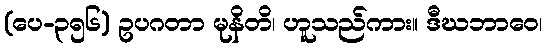
(ပေ-၃၅၆) ဥပဂတာ မုနိတိ၊ ဟူသည်ကား။ ဒီဃဘာဝေ၊